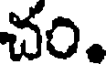
చం.